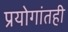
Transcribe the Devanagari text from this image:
प्रयोगांतही